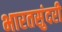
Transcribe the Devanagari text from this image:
भारतसुंदरी